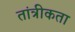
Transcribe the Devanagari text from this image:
तांत्रीकता